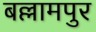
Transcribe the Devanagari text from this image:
बल्लामपुर